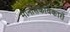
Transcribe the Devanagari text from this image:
मानसिकविकारों